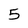
Character: 5